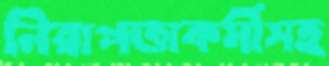
নিরাপত্তাকর্মীসহ